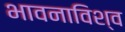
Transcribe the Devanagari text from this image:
भावनाविश्व